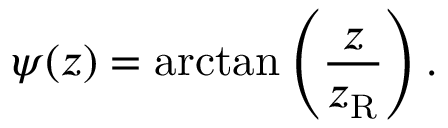
\psi ( z ) = \arctan \left( { \frac { z } { z _ { \mathrm { R } } } } \right) .